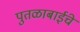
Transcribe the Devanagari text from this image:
पुतळाबाईंचे